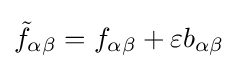
{\tilde {f}}_{\alpha \beta }=f_{\alpha \beta }+\varepsilon b_{\alpha \beta }